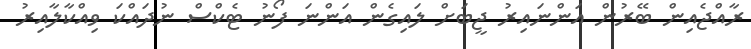
ރާއްޖެއިން ބޭރުން އަންނައިރު ޖީބަށް ލައިގެން އަންނަ ފޯނު ޓެކްސް ނުދައްކަ ވިއްކާލާއިރު